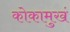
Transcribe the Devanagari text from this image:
कोकामुखं